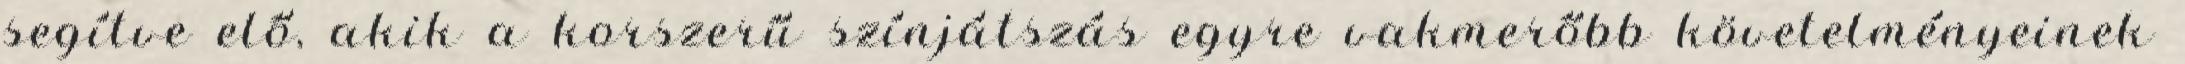
segítve elő, akik a korszerű színjátszás egyre vakmerőbb követelményeinek